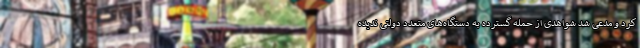
کرد و مدعی شد شواهدی از حمله گسترده به دستگاه‌های متعدد دولتی ندیده